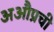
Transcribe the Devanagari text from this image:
अऔप्रची